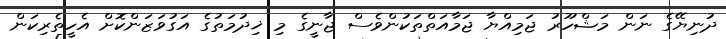
ދުނިޔޭގެ ނަން މަޝްހޫރު ޖަމިއްޔާ ޖަމާއަތްތަކުންވެސް ޖާނީގެ މި ޚިދުމަތުގެ އަގުވަޒަންކޮށް އެހީތެރިކަން